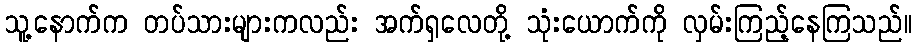
သူ့နောက်က တပ်သားများကလည်း အက်ရှလေတို့ သုံးယောက်ကို လှမ်းကြည့်နေကြသည်။